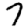
Digit: 7